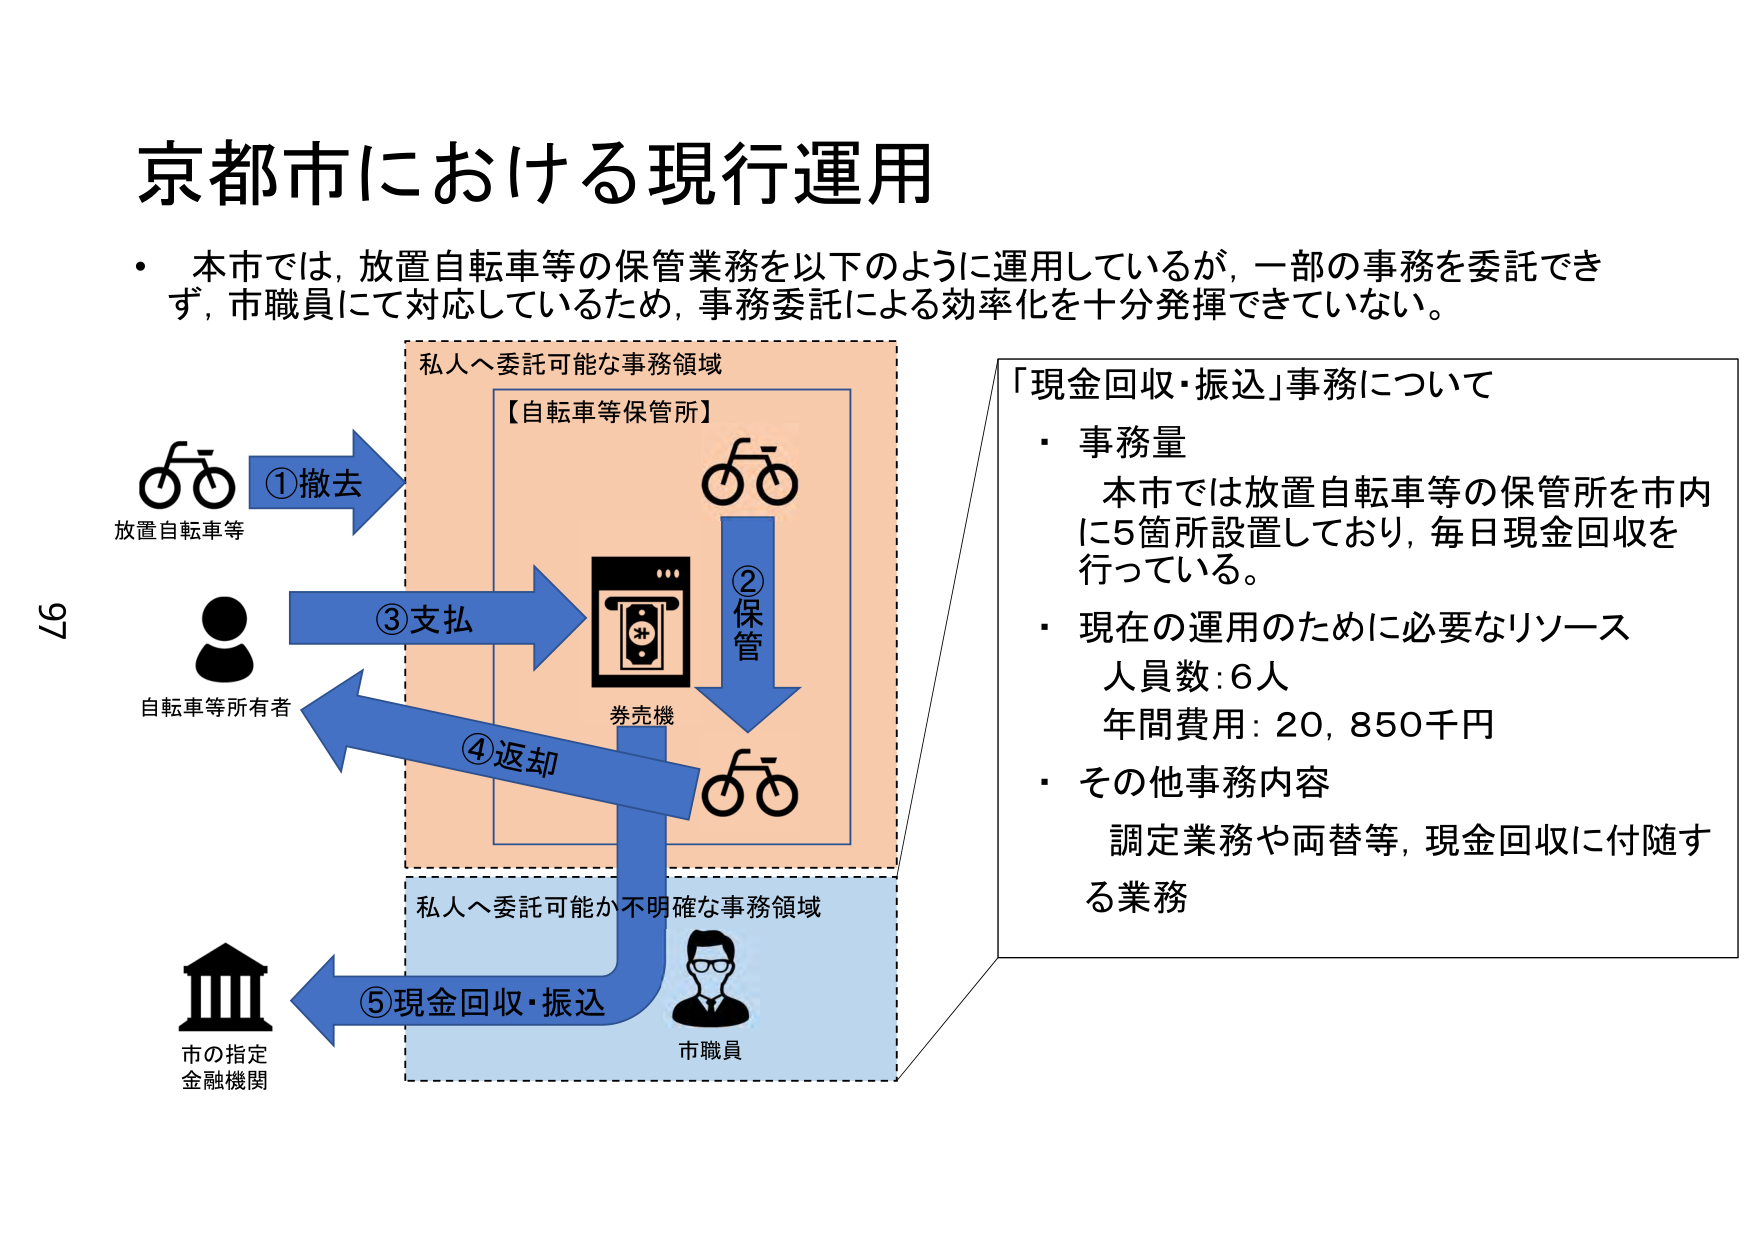
京都市における現行運用

・本市では、放置自転車等の保管業務を以下のように運用しているが、一部の事務を委託できず、市職員にて対応しているため、事務委託による効率化を十分発揮できていない。

放置自転車等
①撤去

自転車等所有者
③支払

④返却

市職員
⑤現金回収・振込

市の指定
金融機関

私人へ委託可能な事務領域
【自転車等保管所】

券売機

②保管

私人へ委託可能か不明確な事務領域

「現金回収・振込」事務について
・事務量
本市では放置自転車等の保管所を市内に5箇所設置しており、毎日現金回収を行っている。
・現在の運用のために必要なリソース
人員数：6人
年間費用：20,850千円
・その他事務内容
調定業務や両替等、現金回収に付随する業務

97